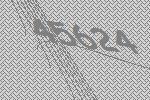
45624